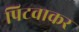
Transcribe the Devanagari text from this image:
पिटवाकर